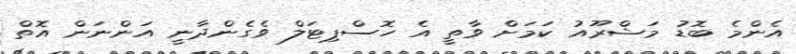
އެންމެ ބޮޑު މަޝްރޫއު ކަމަށް ވާތީ އެ ހޮސްޕިޓަލް ވެގެންދާނީ އަންނަން އޮތް